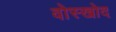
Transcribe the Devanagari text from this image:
वोस्खोद